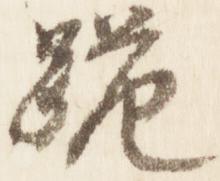
跪